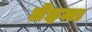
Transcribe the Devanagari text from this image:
तेइमा